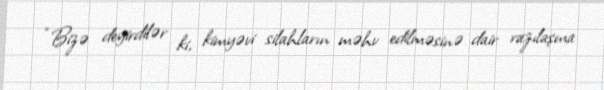
“Bizə deyirdilər ki, kimyəvi silahların məhv edilməsinə dair razılaşma